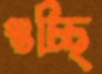
শুচ্ছি